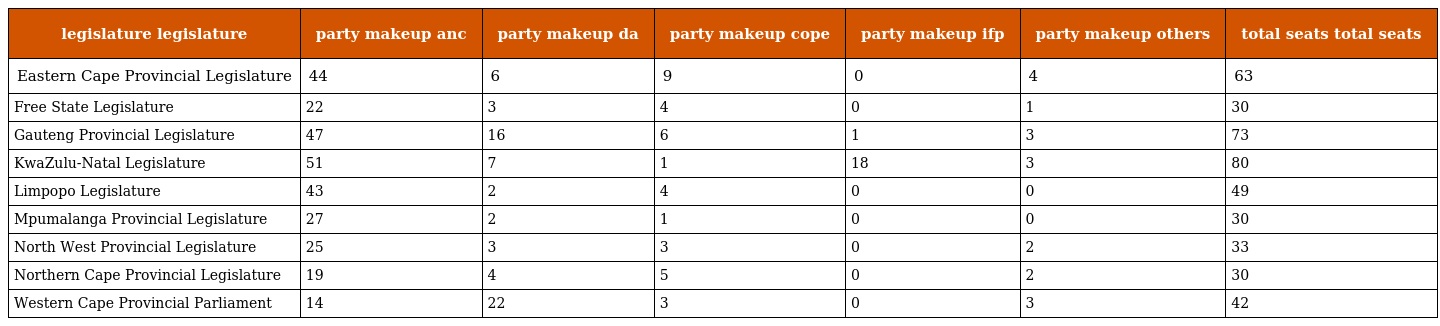
| legislature legislature | party makeup anc | party makeup da | party makeup cope | party makeup ifp | party makeup others | total seats total seats |
 | --- | --- | --- | --- | --- | --- | --- |
 | Eastern Cape Provincial Legislature | 44 | 6 | 9 | 0 | 4 | 63 |
 | Free State Legislature | 22 | 3 | 4 | 0 | 1 | 30 |
 | Gauteng Provincial Legislature | 47 | 16 | 6 | 1 | 3 | 73 |
 | KwaZulu-Natal Legislature | 51 | 7 | 1 | 18 | 3 | 80 |
 | Limpopo Legislature | 43 | 2 | 4 | 0 | 0 | 49 |
 | Mpumalanga Provincial Legislature | 27 | 2 | 1 | 0 | 0 | 30 |
 | North West Provincial Legislature | 25 | 3 | 3 | 0 | 2 | 33 |
 | Northern Cape Provincial Legislature | 19 | 4 | 5 | 0 | 2 | 30 |
 | Western Cape Provincial Parliament | 14 | 22 | 3 | 0 | 3 | 42 |